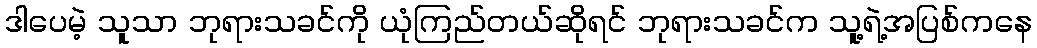
ဒါပေမဲ့ သူသာ ဘုရားသခင်ကို ယုံကြည်တယ်ဆိုရင် ဘုရားသခင်က သူ့ရဲ့အပြစ်ကနေ